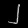
Digit: ၂